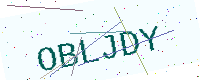
Text: OBLJDY